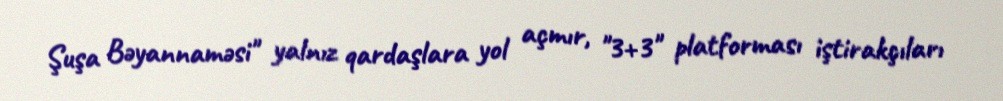
Şuşa Bəyannaməsi" yalnız qardaşlara yol açmır, "3+3" platforması iştirakçıları